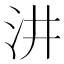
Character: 汫